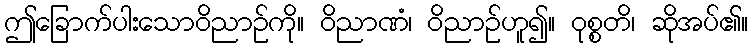
ဤခြောက်ပါးသောဝိညာဉ်ကို။ ဝိညာဏံ၊ ဝိညာဉ်ဟူ၍။ ဝုစ္စတိ၊ ဆိုအပ်၏။